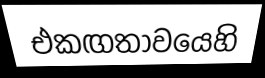
එකඟතාවයෙහි